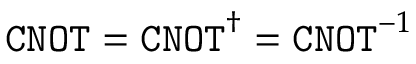
\ensuremath { \mathtt { C N O T } } = \ensuremath { \mathtt { C N O T } } ^ { \dagger } = \ensuremath { \mathtt { C N O T } } ^ { - 1 }